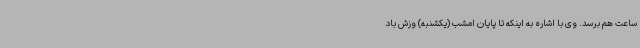
ساعت هم برسد. وی با اشاره به اینکه تا پایان امشب (یکشنبه) وزش باد